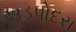
અડપોદરા